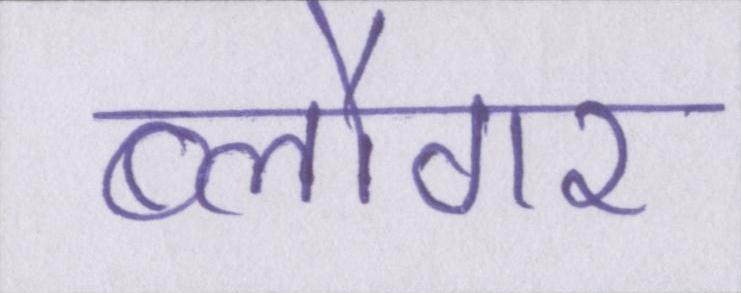
ब्लौगर